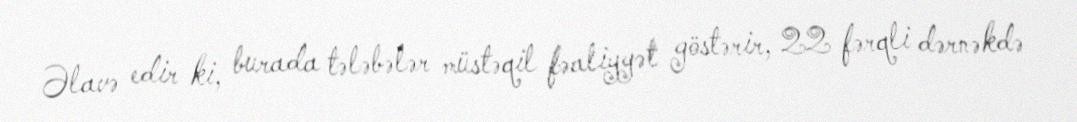
Əlavə edir ki, burada tələbələr müstəqil fəaliyyət göstərir, 22 fərqli dərnəkdə